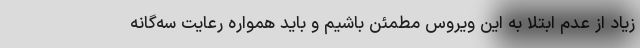
زیاد از عدم ابتلا به این ویروس مطمئن باشیم و باید همواره رعایت سه‌گانه